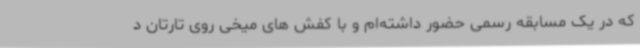
که در یک مسابقه رسمی حضور داشته‌ام و با کفش های میخی روی تارتان د